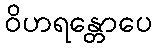
ဝိဟရန္တောပေ